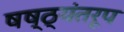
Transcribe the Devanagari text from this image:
षष्ठ्यंतरूप